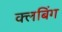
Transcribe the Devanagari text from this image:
क्लबिंग